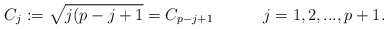
\begin{align*}C_{j}:=\sqrt{j(p-j+1}=C_{p-j+1} \hspace{.5in}j=1,2,...,p+1.\end{align*}